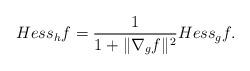
LaTeX: \begin{align*}Hess_h f = \frac{1}{1 + \|\nabla_g f\|^2 } Hess_g f.\end{align*}